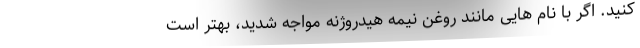
کنید. اگر با نام هایی مانند روغن نیمه هیدروژنه مواجه شدید، بهتر است